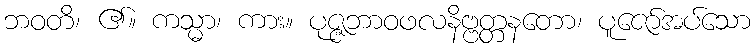
ဘဝတိ၊ ၏။ ကသ္မာ၊ ကား။ ပုဇ္ဇဘာဝဖလနိဗ္ဗတ္တနတော၊ ပူဇော်အပ်သော